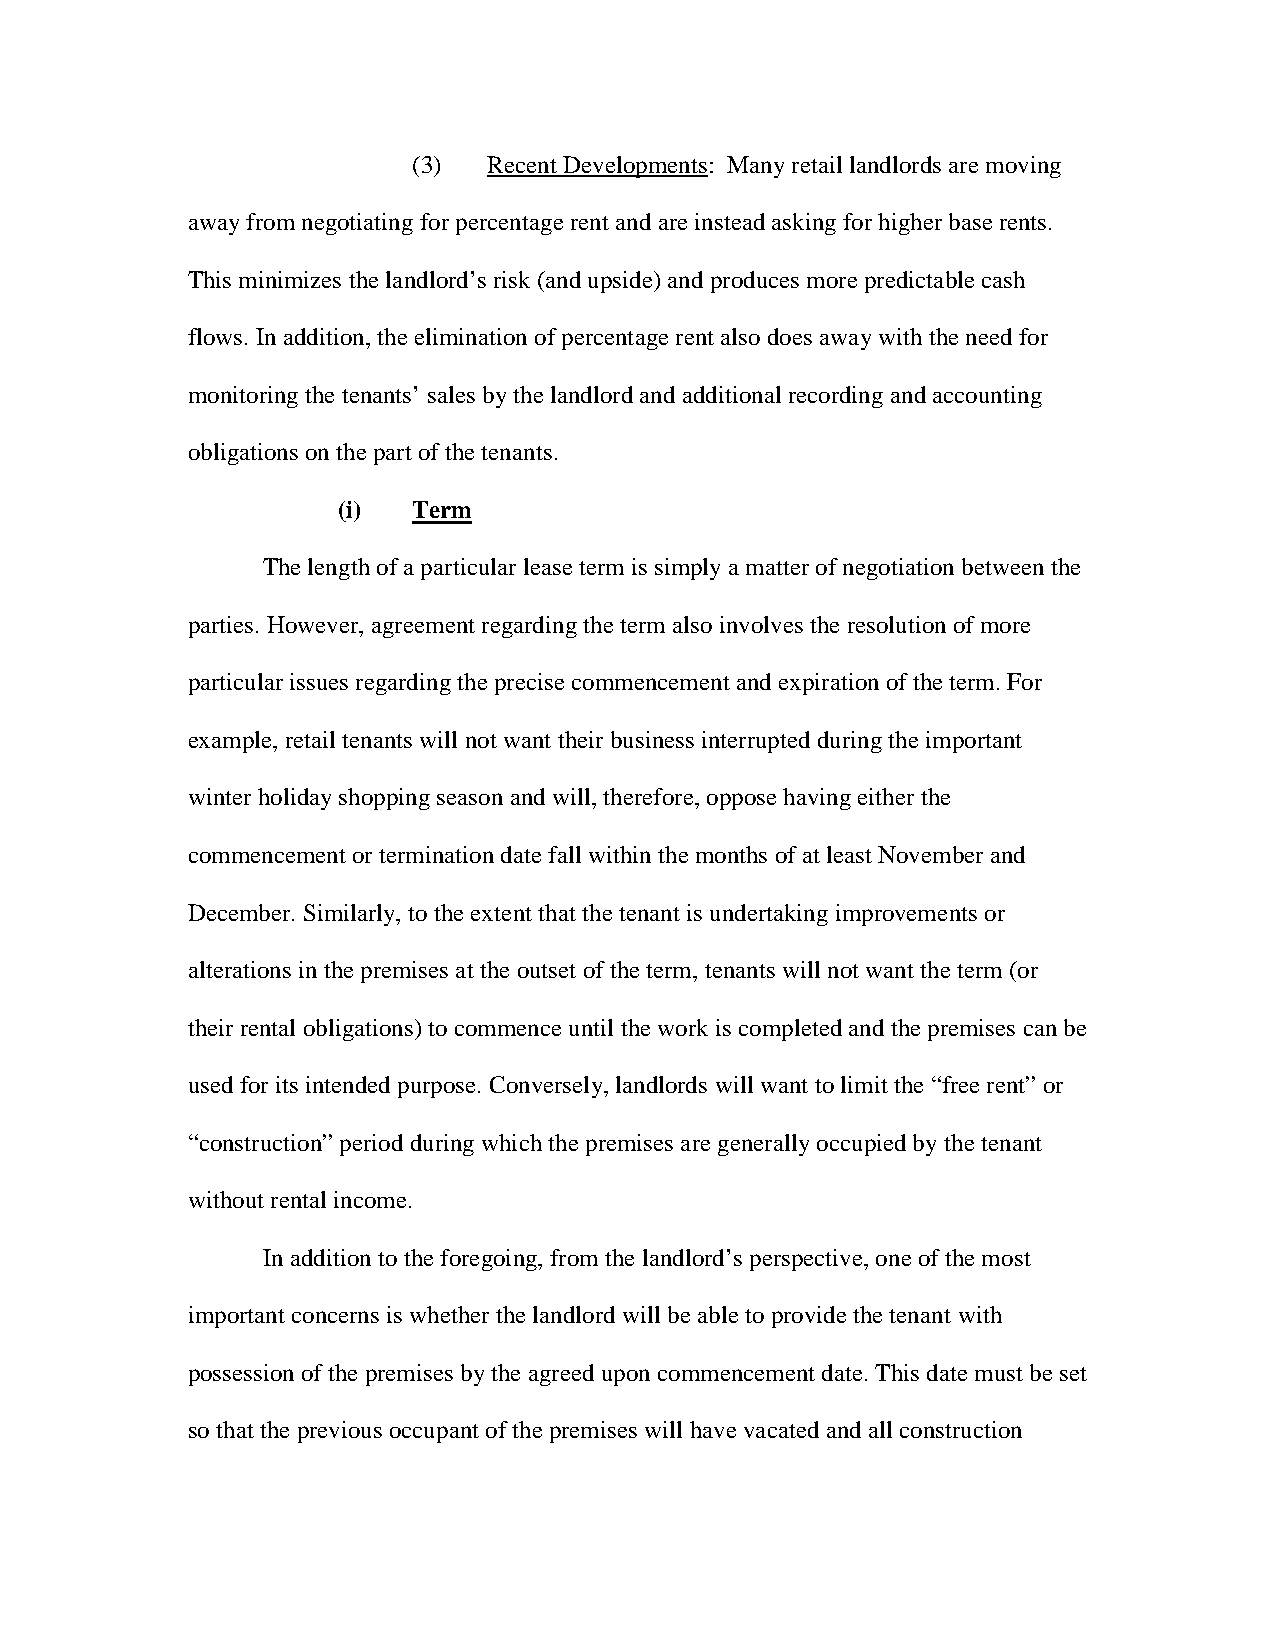
(3)  Recent Developments: Many retail landlords are moving
 away from negotiating for percentage rent and are instead asking for higher base rents.
 This minimizes the landlord’s risk (and upside) and produces more predictable cash
 flows. In addition, the elimination of percentage rent also does away with the need for
 monitoring the tenants’ sales by the landlord and additional recording and accounting
 obligations on the part of the tenants.
 (i)  Term
 The length of a particular lease term is simply a matter of negotiation between the
 parties. However, agreement regarding the term also involves the resolution of more
 particular issues regarding the precise commencement and expiration of the term. For
 example, retail tenants will not want their business interrupted during the important
 winter holiday shopping season and will, therefore, oppose having either the
 commencement or termination date fall within the months of at least November and
 December. Similarly, to the extent that the tenant is undertaking improvements or
 alterations in the premises at the outset of the term, tenants will not want the term (or
 their rental obligations) to commence until the work is completed and the premises can be
 used for its intended purpose. Conversely, landlords will want to limit the “free rent” or
 “construction” period during which the premises are generally occupied by the tenant
 without rental income.
 In addition to the foregoing, from the landlord’s perspective, one of the most
 important concerns is whether the landlord will be able to provide the tenant with
 possession of the premises by the agreed upon commencement date. This date must be set
 so that the previous occupant of the premises will have vacated and all construction